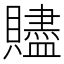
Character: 贐